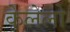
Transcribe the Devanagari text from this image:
केलेलो